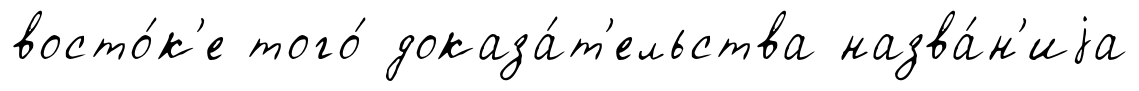
восто́к'е того́ доказа́т'ельства назва́н'иjа